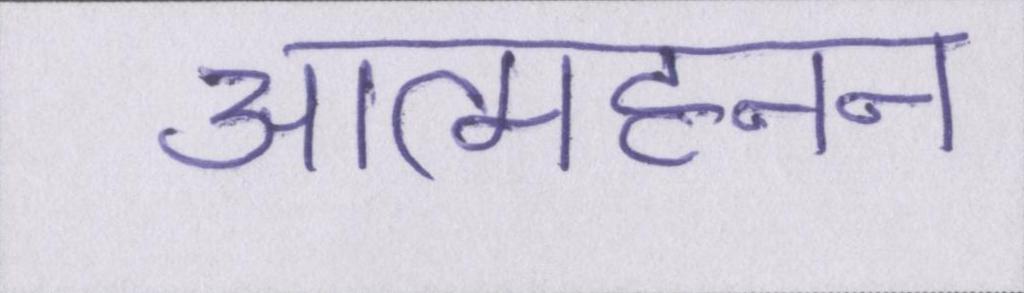
आत्महनन